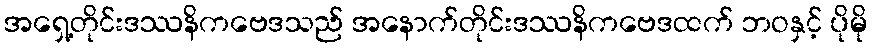
အရှေ့တိုင်းဒဿနိကဗေဒသည် အနောက်တိုင်းဒဿနိကဗေဒထက် ဘဝနှင့် ပိုမို